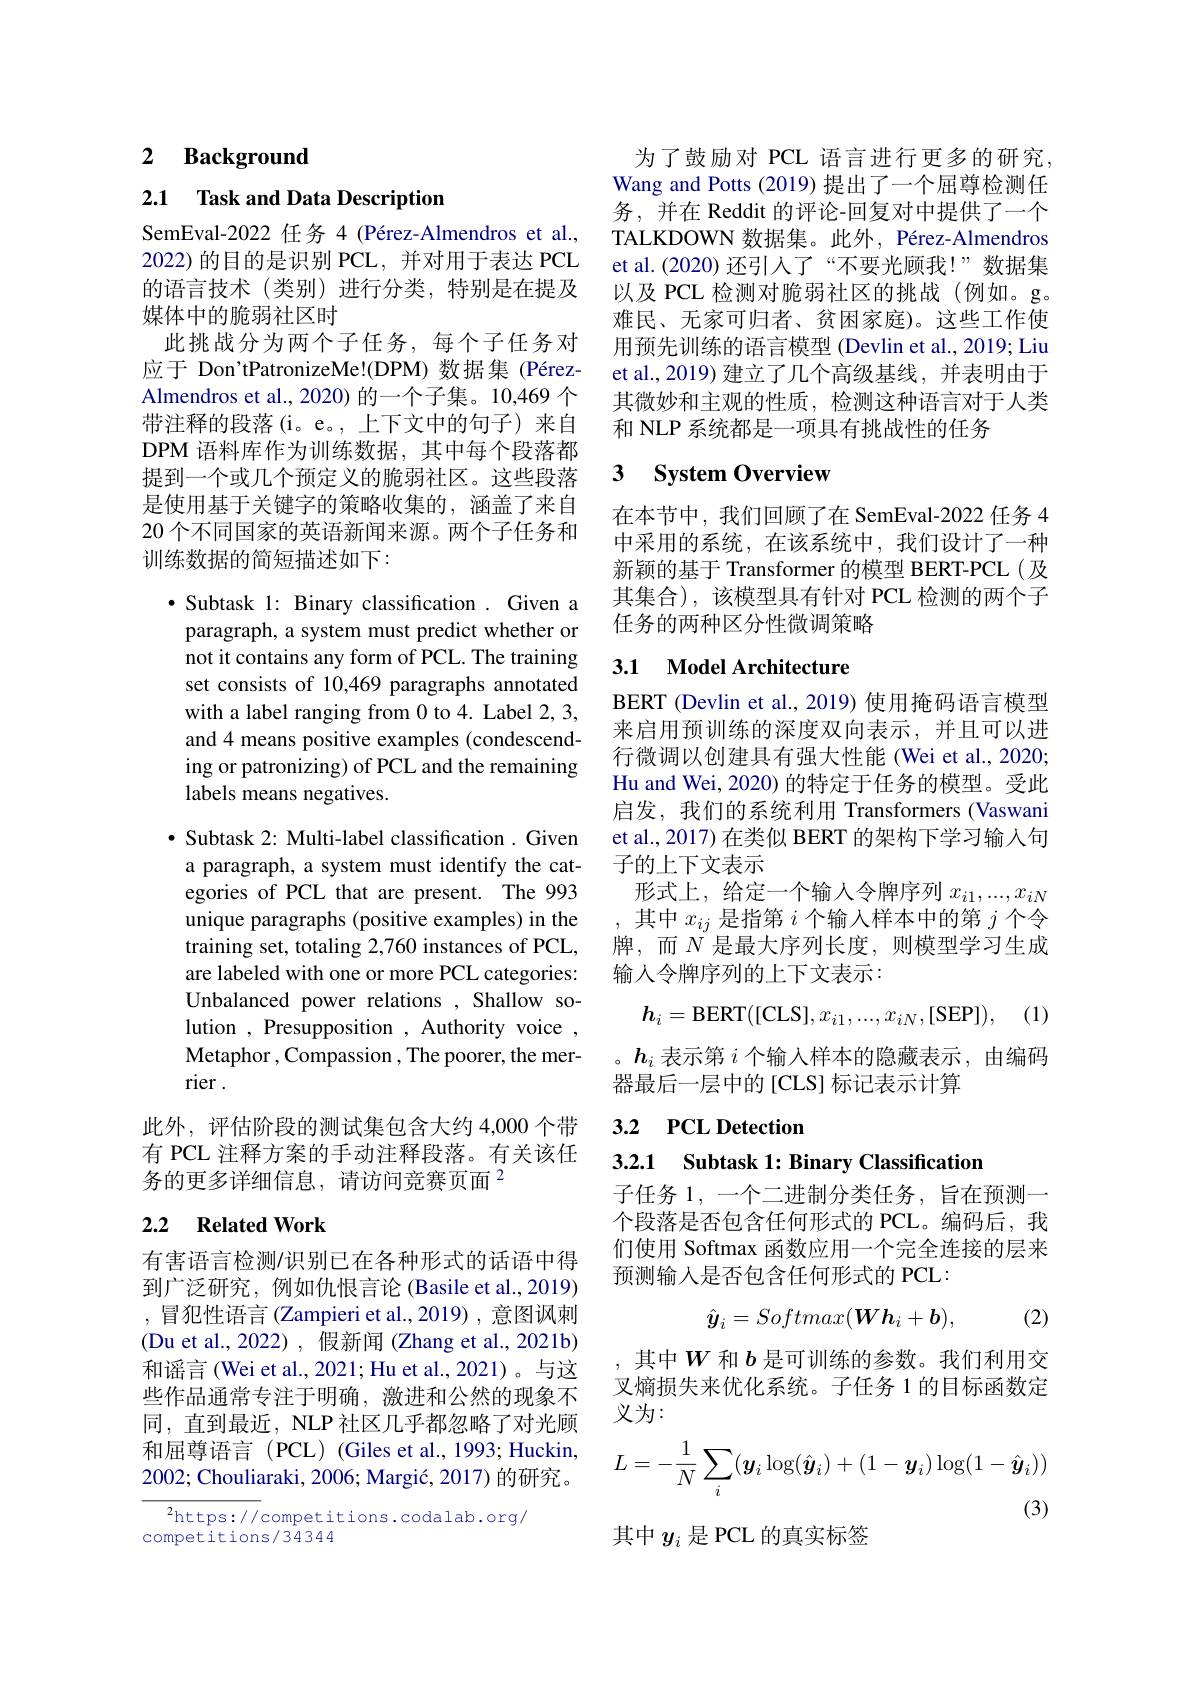
### $\textbf{2}$ $\textbf{Background}$

2.1 $\textbf{Task and Data Description}$

SemEval-2022 任务 4 (Pérez-Almendros et al., 2022) 的目的是识别 PCL, 并对用于表达 PCL 的语言技术(类别)进行分类，特别是在提及媒体中的脆弱社区时
此挑战分为两个子任务，每个子任务对应于 Don'tPatronizeMe!(DPM)数据集 (PérezAlmendros et al., 2020) 的一个子集。10,469 个带注释的段落(i。e。,上下文中的句子)来自DPM 语料库作为训练数据，其中每个段落都提到一个或几个预定义的脆弱社区。这些段落是使用基于关键字的策略收集的，涵盖了来自20 个不同国家的英语新闻来源。两个子任务和训练数据的简短描述如下：

$\bullet$ Subtask 1: Binary classification. Given a paragraph, a system must predict whether or not it contains any form of PCL. The training set consists of 10,469 paragraphs annotated with a label ranging from 0 to 4. Label 2, 3, and 4 means positive examples (condescending or patronizing) of PCL and the remaining labels means negatives.
· Subtask 2: Multi-label classification . Given a paragraph, a system must identify the categories of PCL that are present. The 993 unique paragraphs (positive examples) in the training set, totaling 2,760 instances of PCL, are labeled with one or more PCL categories: Unbalanced power relations , Shallow solution , Presupposition , Authority voice , Metaphor , Compassion , The poorer, the merrier .
此外，评估阶段的测试集包含大约 4,000 个带有 PCL 注释方案的手动注释段落。有关该任务的更多详细信息，请访问竞赛页面$^{2}$

## 2.2 Related Work

有害语言检测/识别已在各种形式的话语中得到广泛研究，例如仇恨言论 (Basile et al., 2019) ,冒犯性语言(Zampieri et al.,2019),意图讽刺(Du et al., 2022), 假新闻 (Zhang et al., 2021b) 和谣言(Wei et al., 2021; Hu et al., 2021)。与这些作品通常专注于明确，激进和公然的现象不同，直到最近，NLP 社区几乎都忽略了对光顾和屈尊语言(PCL)(Giles et al.,1993; Huckin, 2002; Chouliaraki, 2006; Margić, 2017) 的研究。

$^2$https://competitions.codalab.org/
competitions/34344

为了鼓励对 PCL 语言进行更多的研究， Wang and Potts (2019) 提出了一个屈尊检测任务，并在 Reddit 的评论-回复对中提供了一个TALKDOWN 数据集。此外，Pérez-Almendros et al.(2020) 还引人了“不要光顾我！”数据集以及 PCL 检测对脆弱社区的挑战(例如。g。难民、无家可归者、贫困家庭)。这些工作使用预先训练的语言模型 (Devlin et al., 2019; Liu et al.,2019) 建立了几个高级基线，并表明由于其微妙和主观的性质，检测这种语言对于人类和 NLP 系统都是一项具有挑战性的任务

### 3 $\textbf{Svstem Overview}$

在本节中，我们回顾了在 SemEval-2022 任务 4中采用的系统，在该系统中，我们设计了一种新颖的基于 Transformer 的模型 BERT-PCL(及其集合),该模型具有针对 PCL 检测的两个子任务的两种区分性微调策略

# 3.1 Model Architecture

BERT (Devlin et al., 2019) 使用掩码语言模型来启用预训练的深度双向表示，并且可以进行微调以创建具有强大性能 (Wei et al., 2020; Hu and Wei, 2020) 的特定于任务的模型。受此启发，我们的系统利用 Transformers (Vaswani et al., 2017) 在类似 BERT 的架构下学习输入句子的上下文表示
形式上，给定一个输入令牌序列$x_i1,...,x_{iN}$ 其中$x_{ij}$是指第$i$个输入样本中的第$j$个令牌，而$N$是最大序列长度，则模型学习生成输人令牌序列的上下文表示：

(1)
$$h_i=\mathrm{BERT}([\mathrm{CLS}],x_{i1},...,x_{iN},[\mathrm{SEP}]),$$
。$h_i$表示第$i$个输入样本的隐藏表示，由编码
器最后一层中的[CLS] 标记表示计算

## 3.2 PCL Detection

3.2.1 Subtask 1: Binary Classification

子任务 1, 一个二进制分类任务，旨在预测一个段落是否包含任何形式的 PCL。编码后，我们使用 Softmax 函数应用一个完全连接的层来预测输入是否包含任何形式的 PCL:
$$\hat{\boldsymbol{y}}_i=Softmax(\boldsymbol{Wh}_i+\boldsymbol{b}),$$
(2)

,其中$W$和$b$是可训练的参数。我们利用交叉熵损失来优化系统。子任务 1 的目标函数定义为：
$$L=-\frac{1}{N}\sum_i(\boldsymbol{y}_i\log(\hat{\boldsymbol{y}}_i)+(1-\boldsymbol{y}_i)\log(1-\hat{\boldsymbol{y}}_i))$$
(3)

其中$y_i$是 PCL 的真实标签